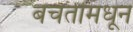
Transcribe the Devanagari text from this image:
बचतीमधून